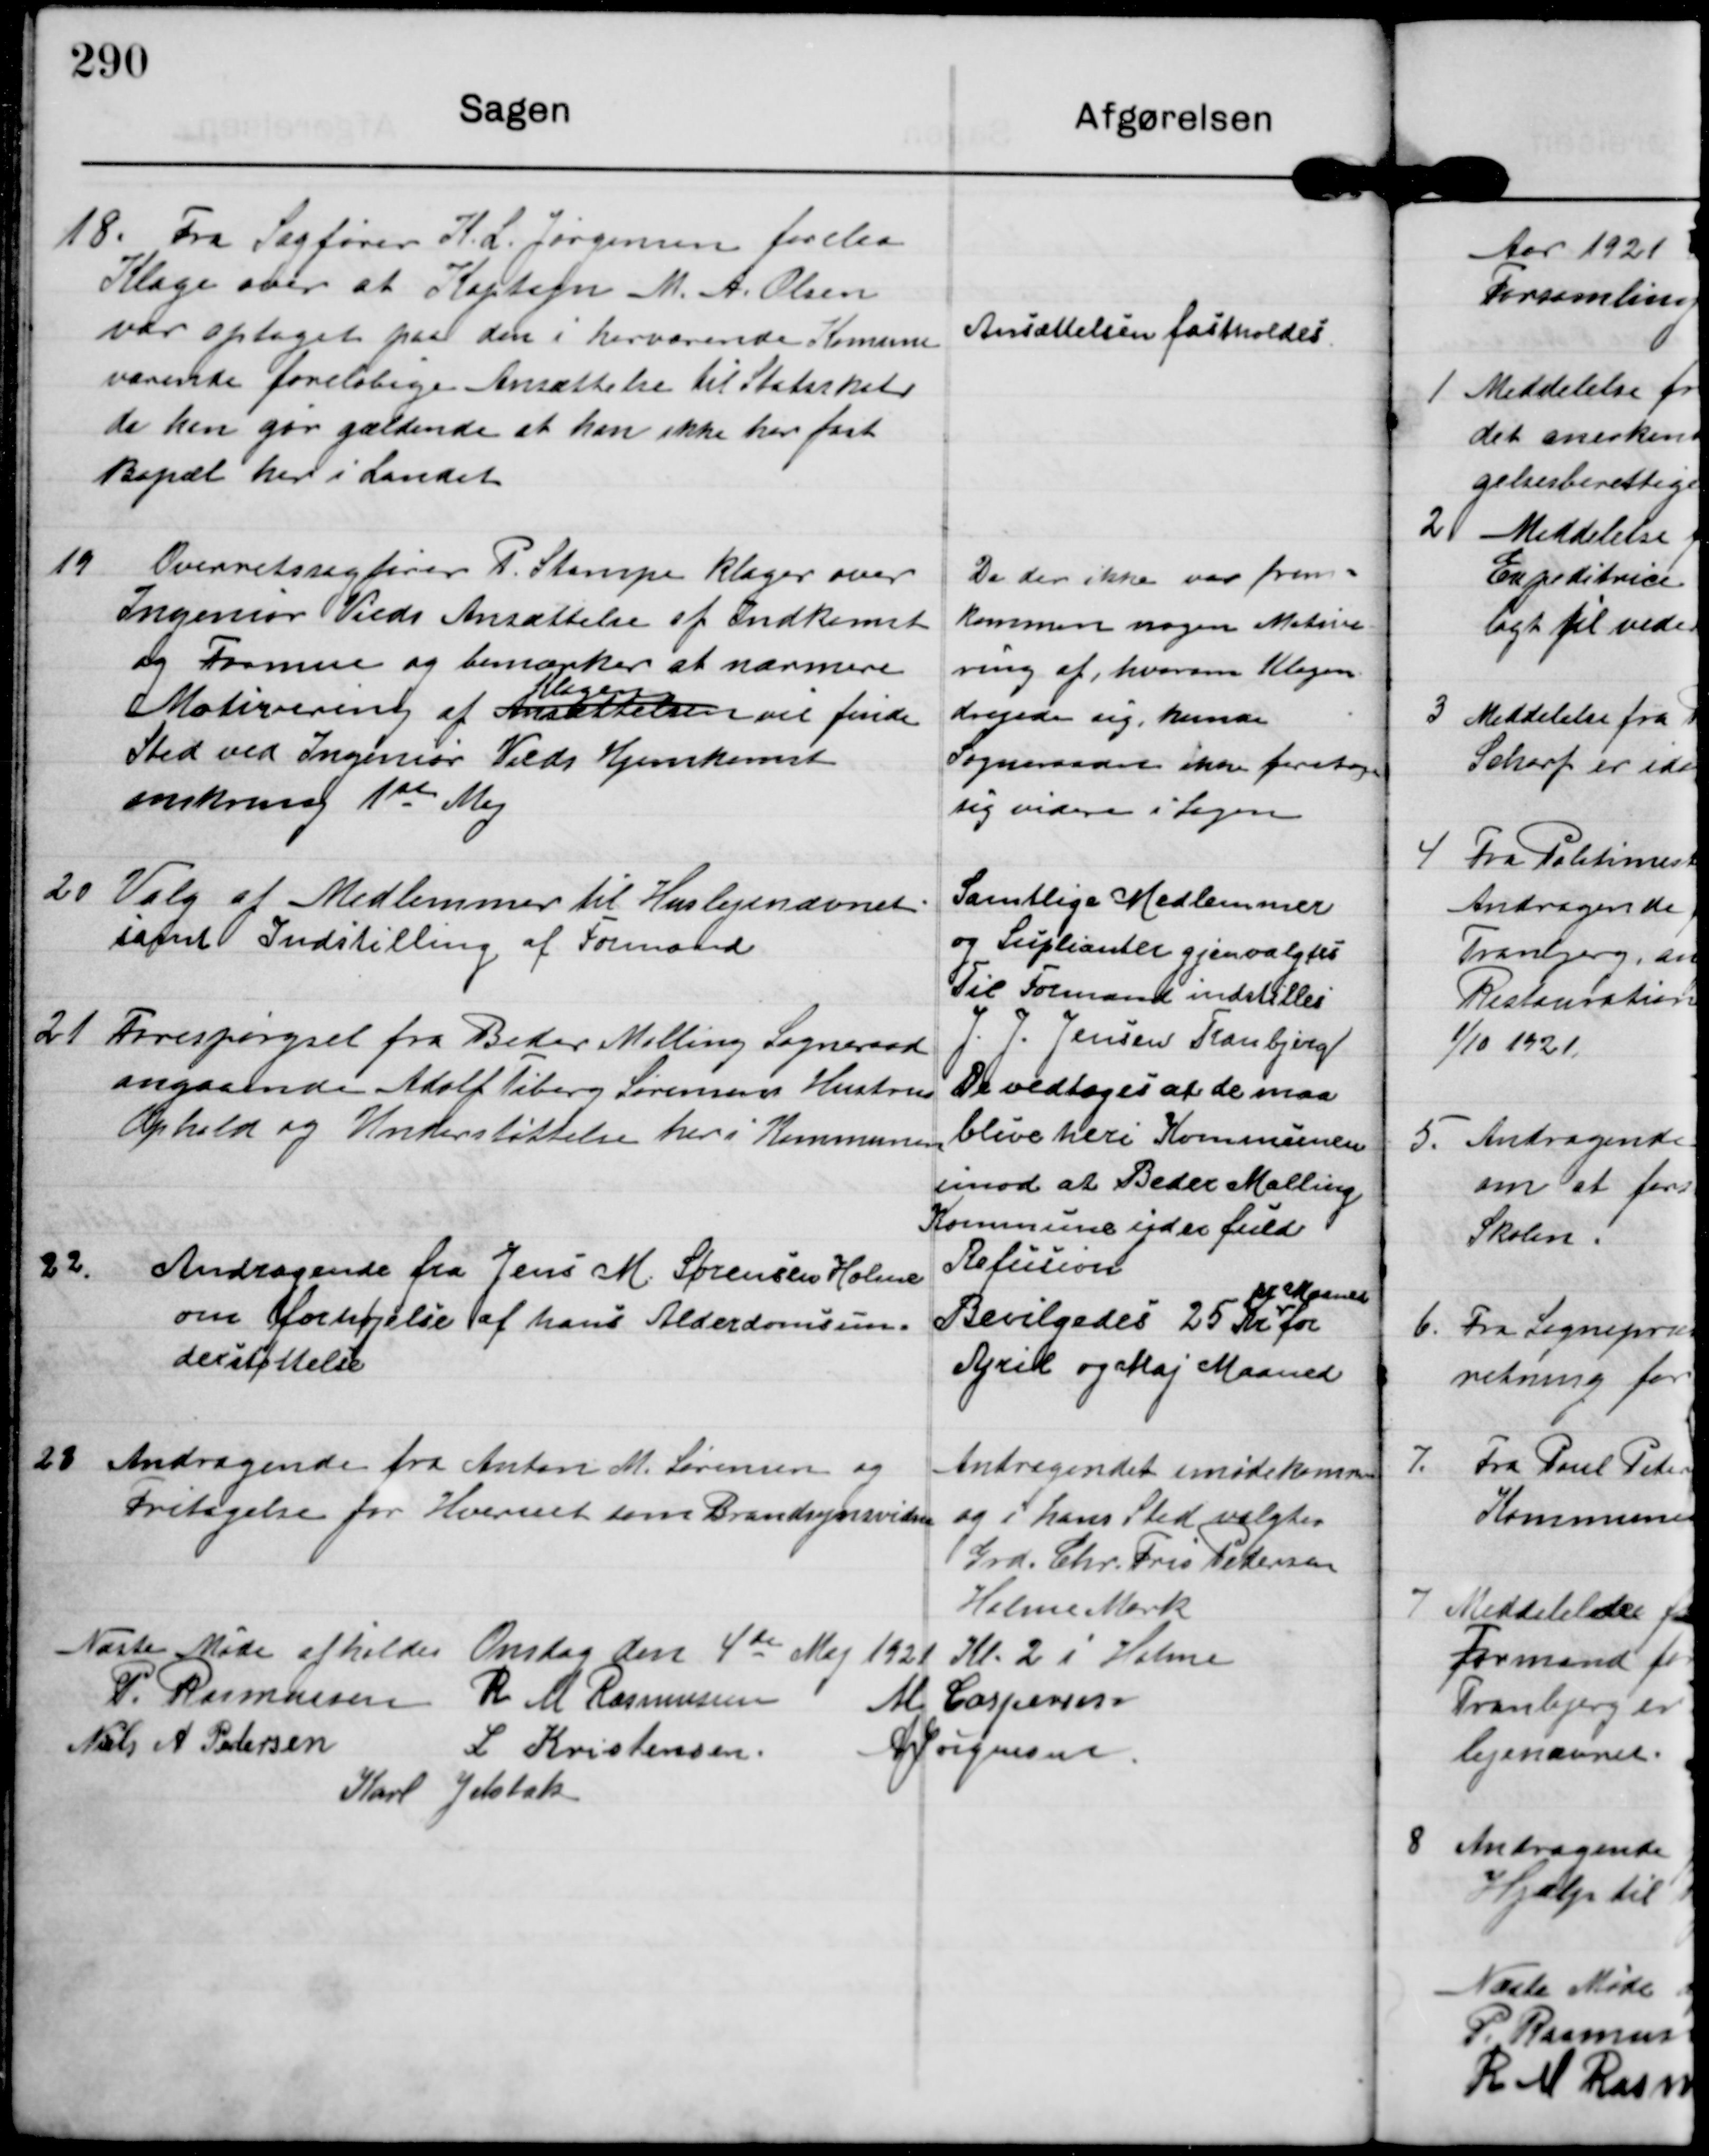
Transskription:
18

Fra Sagfører K.L. Jørgensen forelaa
Klage over at Kaptajn M A. Olsen
har optaget paa den i herværende Komune
værende foreløbige Ansættelse til Statsskat
da han gør gældende at han ikke her fast
Bopæl her i Landet

Ansættelsen fastholdes.

19

Overretssagfører P. Stampe klager over
Ingeniør Vieds Ansættelse af Indkomst
og Formue og bemærker at nærmere
Motivering af Ansættelsen 
Klagen
vil finde
Sted ved Ingeniør Vieds Hjemkomst
omkring 1st Maj

Da der ikke var frem-
kommen nogen Motive-
ring af hvorom Klagen
drejede sig, kunde
Sogneraad ikke foretage
sig videre i Sagen

20

Valg af Medlemmer til Huslejenævnet.
samt Indstilling af Formand

Samtlige Medlemmer
og Supleanter gjenvalgtes
Til Formand indstilles
J J Jensen Tranbjerg

21

Forespørgsel fra Beder Malling Sogneraad
angaaende Adolf Tiberg Sørensens Hustrus
Ophold og Understøttelse her i Kommunen

De vedtoges at de maa
blive heri Kommunen
imod at Beder Malling
Kommune yder fuld
Refusion

22.

Andragende fra Jens M Sørensen Holme
om forhøjelse af hans Alderdomsun-
derstøttelse

Bevilgedes 25 Kr
pr. Maaned
for
April og Maj Maaned

23

Andragende fra Anton M. Sørensen og
Fritagelse for Hvervet som Brandsynsvidne

Andragendet imødekomne
og i hans Sted valgtes
Grd. Chr. Fris Pedersen

Holme Mark
Næste Møde afholdes Onsdag den 4de Maj 1921 Kl 2 i Holme

P Rasmussen R M Rasmussen M Caspersen
Niels A. Pedersen
L Kristensen
A Jørgensen
Karl Jelsbak